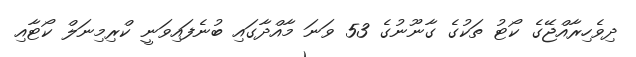
ދިވެހިރާއްޖޭގެ ކޯޓު ތަކުގެ ގާނޫނުގެ 53 ވަނަ މާއްދާގައި ބުނެފައިވަނީ ކްރިމިނަލް ކޯޓާއި